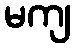
မကျ